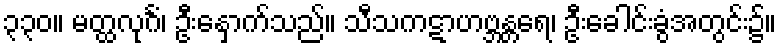
၃၃၀။ မတ္ထလုင်္ဂံ၊ ဦးနှောက်သည်။ သီသကဋာဟဗ္ဘန္တရေ၊ ဦးခေါင်းခွံအတွင်း၌။